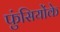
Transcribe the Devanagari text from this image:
फुंसियोंके